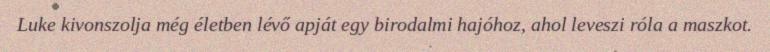
Luke kivonszolja még életben lévő apját egy birodalmi hajóhoz, ahol leveszi róla a maszkot.